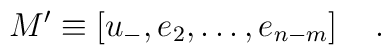
M^{\prime }\equiv \left[ u_{-},e_2,\ldots ,e_{n-m}\right]\quad .